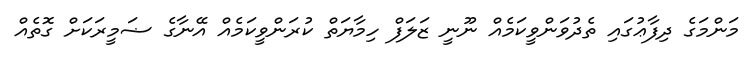
މަންމަގެ ދިފާޢުގައި ތެދުވަންވީކަމެއް ނޫނީ ޒަލަފް ހިމާޔަތް ކުރަންވީކަމެއް އޭނާގެ ޟަމީރަކަށް ގޮތެއް